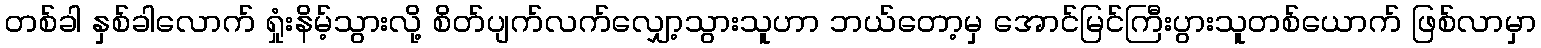
တစ်ခါ နှစ်ခါလောက် ရှုံးနိမ့်သွားလို့ စိတ်ပျက်လက်လျှော့သွားသူဟာ ဘယ်တော့မှ အောင်မြင်ကြီးပွားသူတစ်ယောက် ဖြစ်လာမှာ